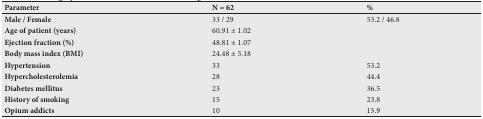
<table><thead><tr><td><b>Parameter</b></td><td><b>N = 62</b></td><td><b>%</b></td></tr></thead><tbody><tr><td><b>Male / Female</b></td><td>33 / 29</td><td>53.2 / 46.8</td></tr><tr><td><b>Age of patient (years)</b></td><td>60.91 ± 1.02</td><td></td></tr><tr><td><b>Ejection fraction (%)</b></td><td>48.81 ± 1.07</td><td></td></tr><tr><td><b>Body mass index (BMI)</b></td><td>24.48 ± 5.18</td><td></td></tr><tr><td><b>Hypertension</b></td><td>33</td><td>53.2</td></tr><tr><td><b>Hypercholesterolemia</b></td><td>28</td><td>44.4</td></tr><tr><td><b>Diabetes mellitus</b></td><td>23</td><td>36.5</td></tr><tr><td><b>History of smoking</b></td><td>15</td><td>23.8</td></tr><tr><td><b>Opium addicts</b></td><td>10</td><td>15.9</td></tr></tbody></table>